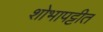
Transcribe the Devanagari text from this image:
शोभापट्टीत